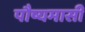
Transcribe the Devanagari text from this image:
पौष्यमासीं